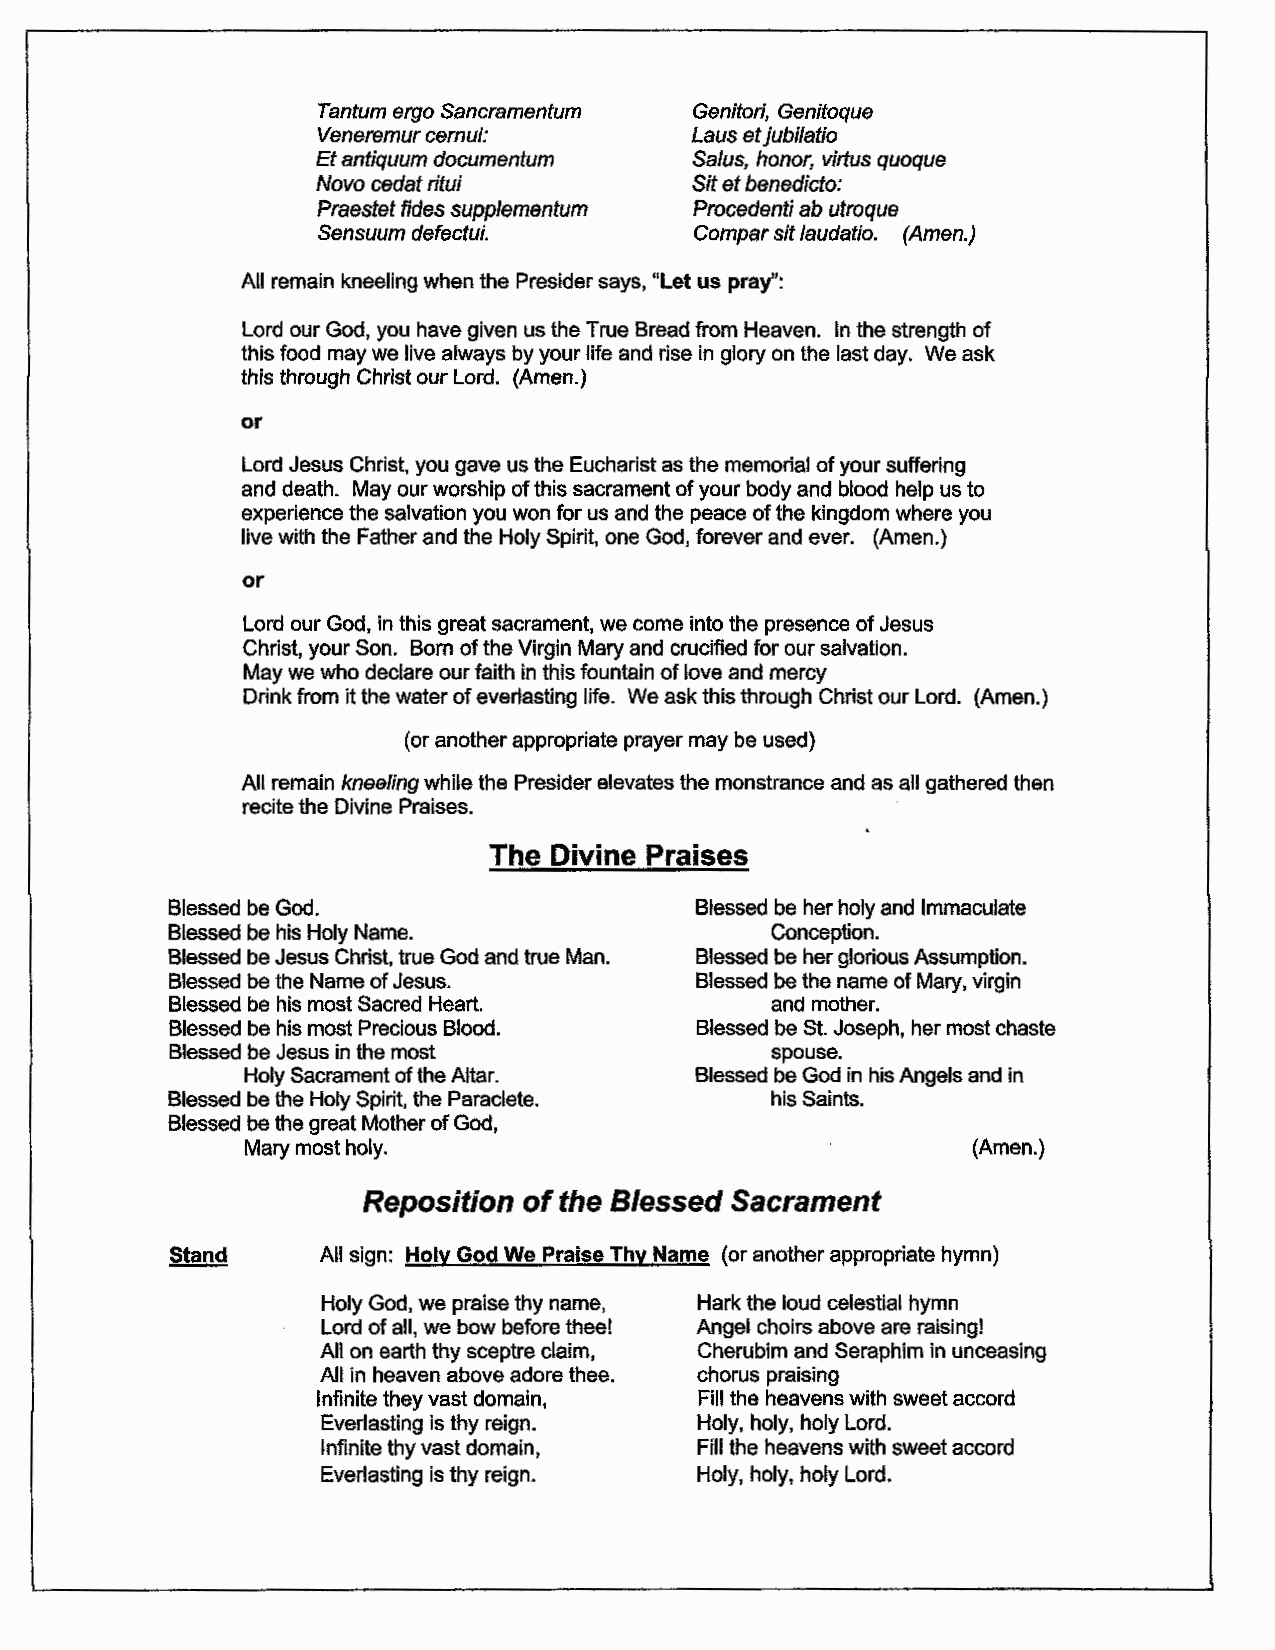
Tantum ergo Sancramentum Genitori, Genitoque
 Veneremur cernui:        Laus et jubilatio
 Et antiquum documentum   Salus, honor, virtus quoque
 Novo cedat ritui         Sit et benedicta:
 Praestet fides supptementum Procedenti ab utroque
 Sensuum defectui.        Compar sit laudatio. (Amen.)
 All remain kneeling when the Presider says, "Let us pray":
 Lord our God, you have given us the True Bread from Heaven. In the strength of
 this food may we live always by your life and rise in glory on the last day. We ask
 this through Christ our Lord. (Amen.)
 or
 Lord Jesus Christ, you gave us the Eucharist as the memorial of your suffering
 and death. May our worship of this sacrament of your body and blood help us to
 experience the salvation you won for us and the peace of the kingdom where you
 live with the Father and the Holy Spirit, one God, forever and ever. (Amen.)
 or
 Lord our God, in this great sacrament, we come into the presence of Jesus
 Christ, your Son. Born of the Virgin Mary and crucified for our salvation.
 May we who declare our faith in this fountain of love and mercy
 Drink from it the water of everlasting life. We ask this through Christ our Lord. (Amen.)
 (or another appropriate prayer may be used)
 All remain kneeling while the Presider elevates the monstrance and as all gathered then
 recite the Divine Praises.
 The  Divine Praises
 Blessed be God.                    Blessed be her holy and Immaculate
 Blessed be his Holy Name.               Conception.
 Blessed be Jesus Christ, true God and true Man. Blessed be her glorious Assumption.
 Blessed be the Name of Jesus.      Blessed be the name of Mary, virgin
 Blessed be his most Sacred Heart.       and mother.
 Blessed be his most Precious Blood. Blessed be St. Joseph, her most chaste
 Blessed be Jesus in the most            spouse.
 Holy Sacrament of the Altar.  Blessed be God in his Angels and in
 Blessed be the Holy Spirit, the Paraclete. his Saints.
 Blessed be the great Mother of God,
 Mary most holy.                                 (Amen.)
 Reposition of the Blessed Sacrament
 All sign: Holy God We Praise Thy Name (or another appropriate hymn)
 Holy God, we praise thy name, Hark the loud celestial hymn
 Lord of all, we bow before thee! Angel choirs above are raising!
 All on earth thy sceptre claim, Cherubim and Seraphim in unceasing
 All in heaven above adore thee. chorus praising
 Infinite they vast domain, Fill the heavens with sweet accord
 Everlasting is thy reign. Holy, holy, holy Lord.
 Infinite thy vast domain, Fill the heavens with sweet accord
 Everlasting is thy reign. Holy, holy, holy Lord.